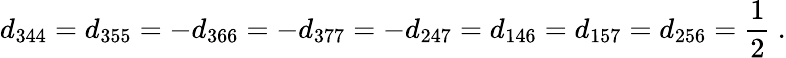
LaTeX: d_{344}=d_{355}=-d_{366}=-d_{377}=-d_{247}=d_{146}=d_{157}=d_{256}={\frac{1}{2}}~.